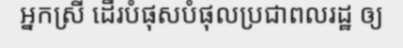
អ្នកស្រី ដើរបំផុសបំផុលប្រជាពលរដ្ឋ ឲ្យ